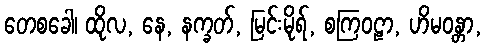
တေစခေါ၊ ထိုလ, နေ, နက္ခတ်, မြင်းမိုရ်, စကြဝဠာ, ဟိမဝန္တာ,